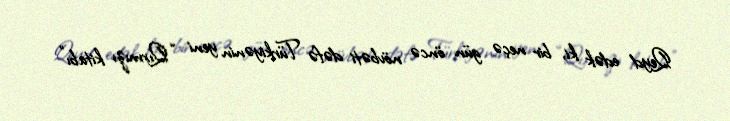
Qeyd edək ki, bir neçə gün öncə növbəti dəfə Türkiyənin yeni “Qırmızı kitabı”